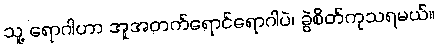
သူ့ ရောဂါဟာ အူအတက်ရောင်ရောဂါပဲ၊ ခွဲစိတ်ကုသရမယ်။